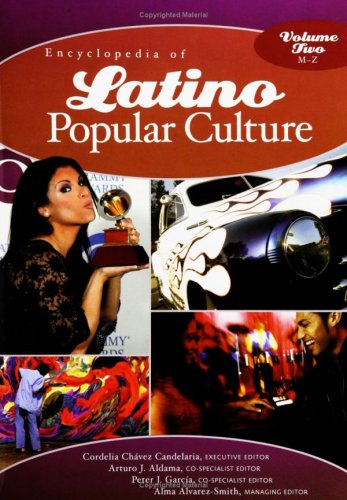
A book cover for Encyclopedia Of Latino Popular Culture In The United States, Vol. 2; Humor & Entertainment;